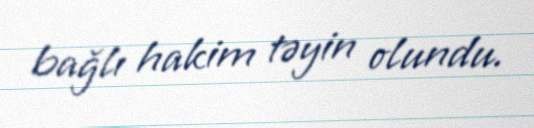
bağlı hakim təyin olundu.